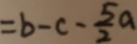
= b - c - \frac { 5 } { 2 } a